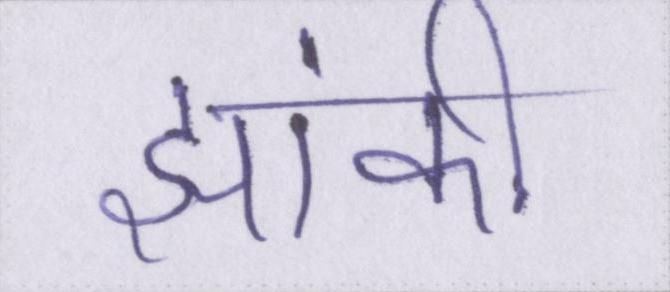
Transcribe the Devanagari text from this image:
झांकी